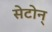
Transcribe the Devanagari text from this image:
सेटोन्